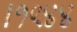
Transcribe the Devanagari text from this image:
।१९४४